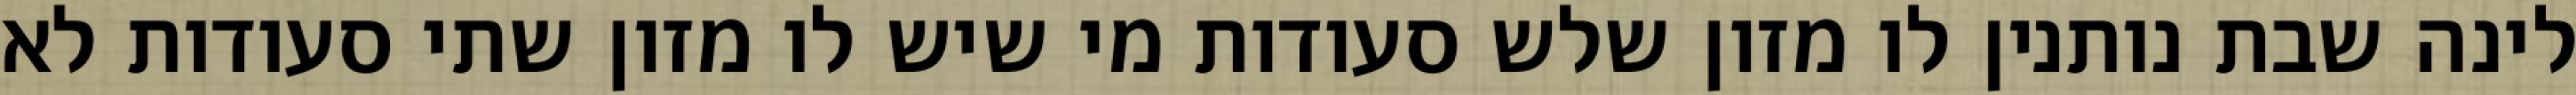
לינה שבת נותנין לו מזון שלש סעודות מי שיש לו מזון שתי סעודות לא